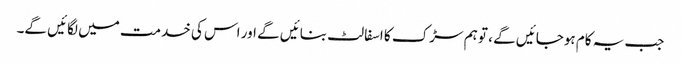
جب یہ کام ہوجائیں گے ، تو ہم سڑک کا اسفالٹ بنائیں گے اور اس کی خدمت میں لگائیں گے۔